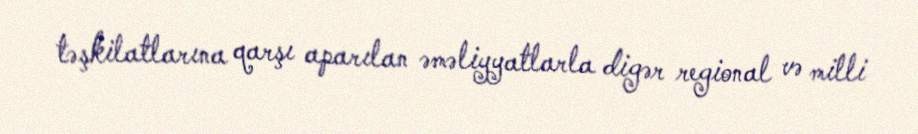
təşkilatlarına qarşı aparılan əməliyyatlarla digər regional və milli